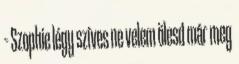
– Szophie légy szíves ne velem ölesd már meg